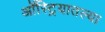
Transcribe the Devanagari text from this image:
ऑस्ट्रियातल्या